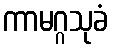
ကာမဂ္ဂသုခံ